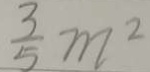
\frac { 3 } { 5 } m ^ { 2 }